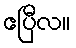
ဧပြီလ။